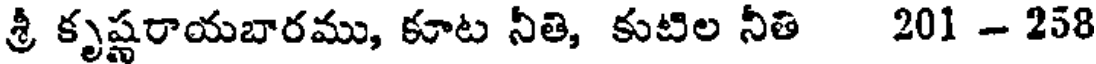
శ్రీ కృష్ణరాయబారము, కూట నీతి, కుటిల నీతి 201 - 258